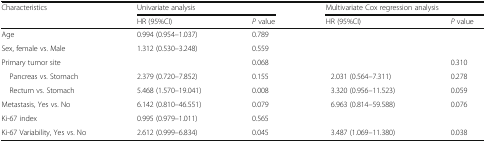
| <ROWSPAN=2> Characteristics | <COLSPAN=2> Univariate analysis | <COLSPAN=2> Multivariate Cox regression analysis |
 | HR (95%CI) | P value | HR (95%CI) | P value |
 | --- | --- | --- | --- | --- |
 | Age | 0.994 (0.954–1.037) | 0.789 |  |  |
 | Sex, female vs. Male | 1.312 (0.530–3.248) | 0.559 |  |  |
 | Primary tumor site |  | 0.068 |  | 0.310 |
 | Pancreas vs. Stomach | 2.379 (0.720–7.852) | 0.155 | 2.031 (0.564–7.311) | 0.278 |
 | Rectum vs. Stomach | 5.468 (1.570–19.041) | 0.008 | 3.320 (0.956–11.523) | 0.059 |
 | Metastasis, Yes vs. No | 6.142 (0.810–46.551) | 0.079 | 6.963 (0.814–59.588) | 0.076 |
 | Ki-67 index | 0.995 (0.979–1.011) | 0.565 |  |  |
 | Ki-67 Variability, Yes vs. No | 2.612 (0.999–6.834) | 0.045 | 3.487 (1.069–11.380) | 0.038 |